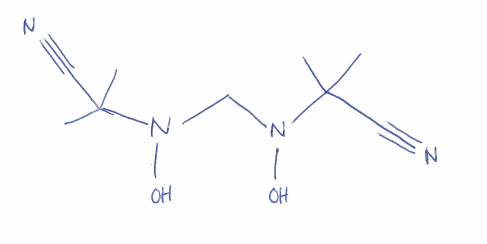
Simplified molecular-input line-entry system (SMILES) notation of the given molecule:
CC(C)(C#N)N(CN(C(C)(C)C#N)O)O